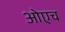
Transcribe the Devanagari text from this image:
ओएच